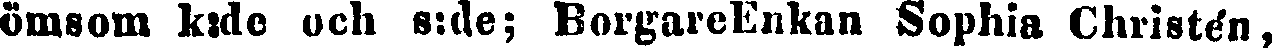
ömsom k:de och s:de; BorgareEnkan Sophia Christén,